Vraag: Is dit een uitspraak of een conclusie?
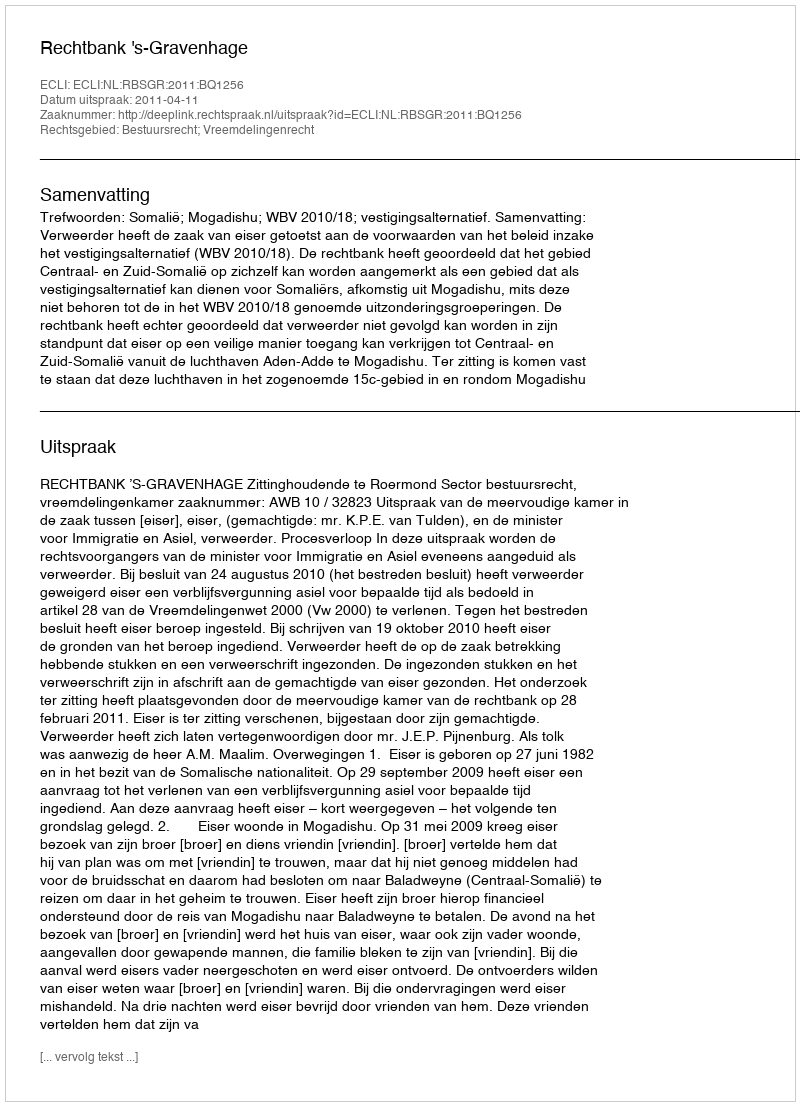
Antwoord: Uitspraak